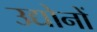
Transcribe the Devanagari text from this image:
उद्योनों